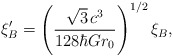
\begin{align*}\xi^\prime_B=\left(\frac{\sqrt3\,c^3}{128\hbar Gr_0}\right)^{1/2}\xi_B,\end{align*}